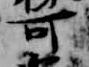
可